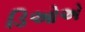
ડિઓએ